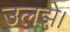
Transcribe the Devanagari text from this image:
उलझे।